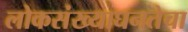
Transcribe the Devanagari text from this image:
लोकसंख्याघनतेचा